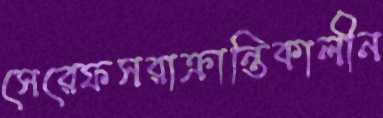
সেরেফসরাক্রান্তিকালীন